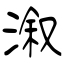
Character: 溆